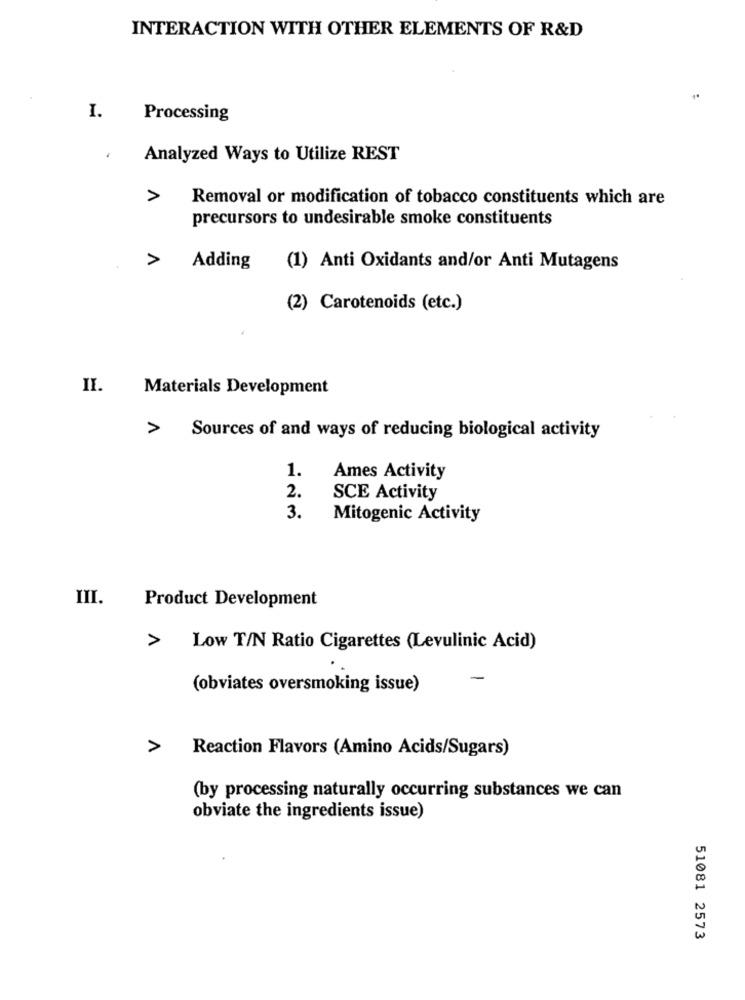
INTERACTION WITH OTHER ELEMENTS OF R&D
I.
Processing
.
Analyzed Ways to Utilize REST
>
Removal or modification of tobacco constituents which are
precursors to undesirable smoke constituents
>
Adding
(1) Anti Oxidants and/or Anti Mutagens
(2) Carotenoids (etc.)
II.
Materials Development
>
Sources of and ways of reducing biological activity
1.
Ames Activity
2.
SCE Activity
3.
Mitogenic Activity
III.
Product Development
>
Low T/N Ratio Cigarettes (Levulinic Acid)
-
(obviates oversmoking issue)
>
Reaction Flavors (Amino Acids/Sugars)
(by processing naturally occurring substances we can
obviate the ingredients issue)
51081 2573